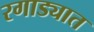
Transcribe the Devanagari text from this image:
रगाड्यात